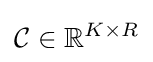
{\mathcal {C}}\in \mathbb {R} ^{K\times R}